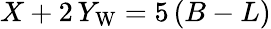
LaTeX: X+2\, Y_{\mathrm{W}}=5\, (B-L)